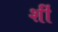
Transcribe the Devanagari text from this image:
र्शी